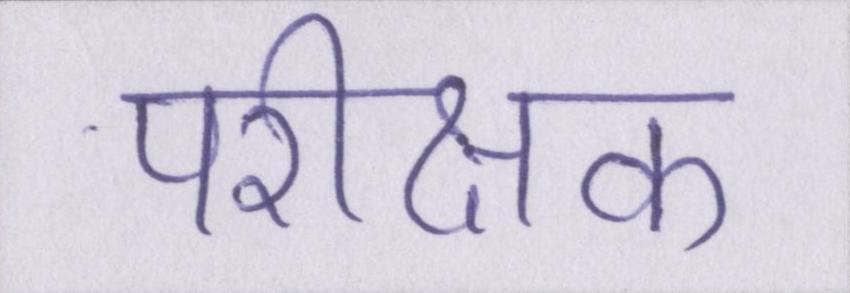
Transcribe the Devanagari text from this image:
परीक्षक